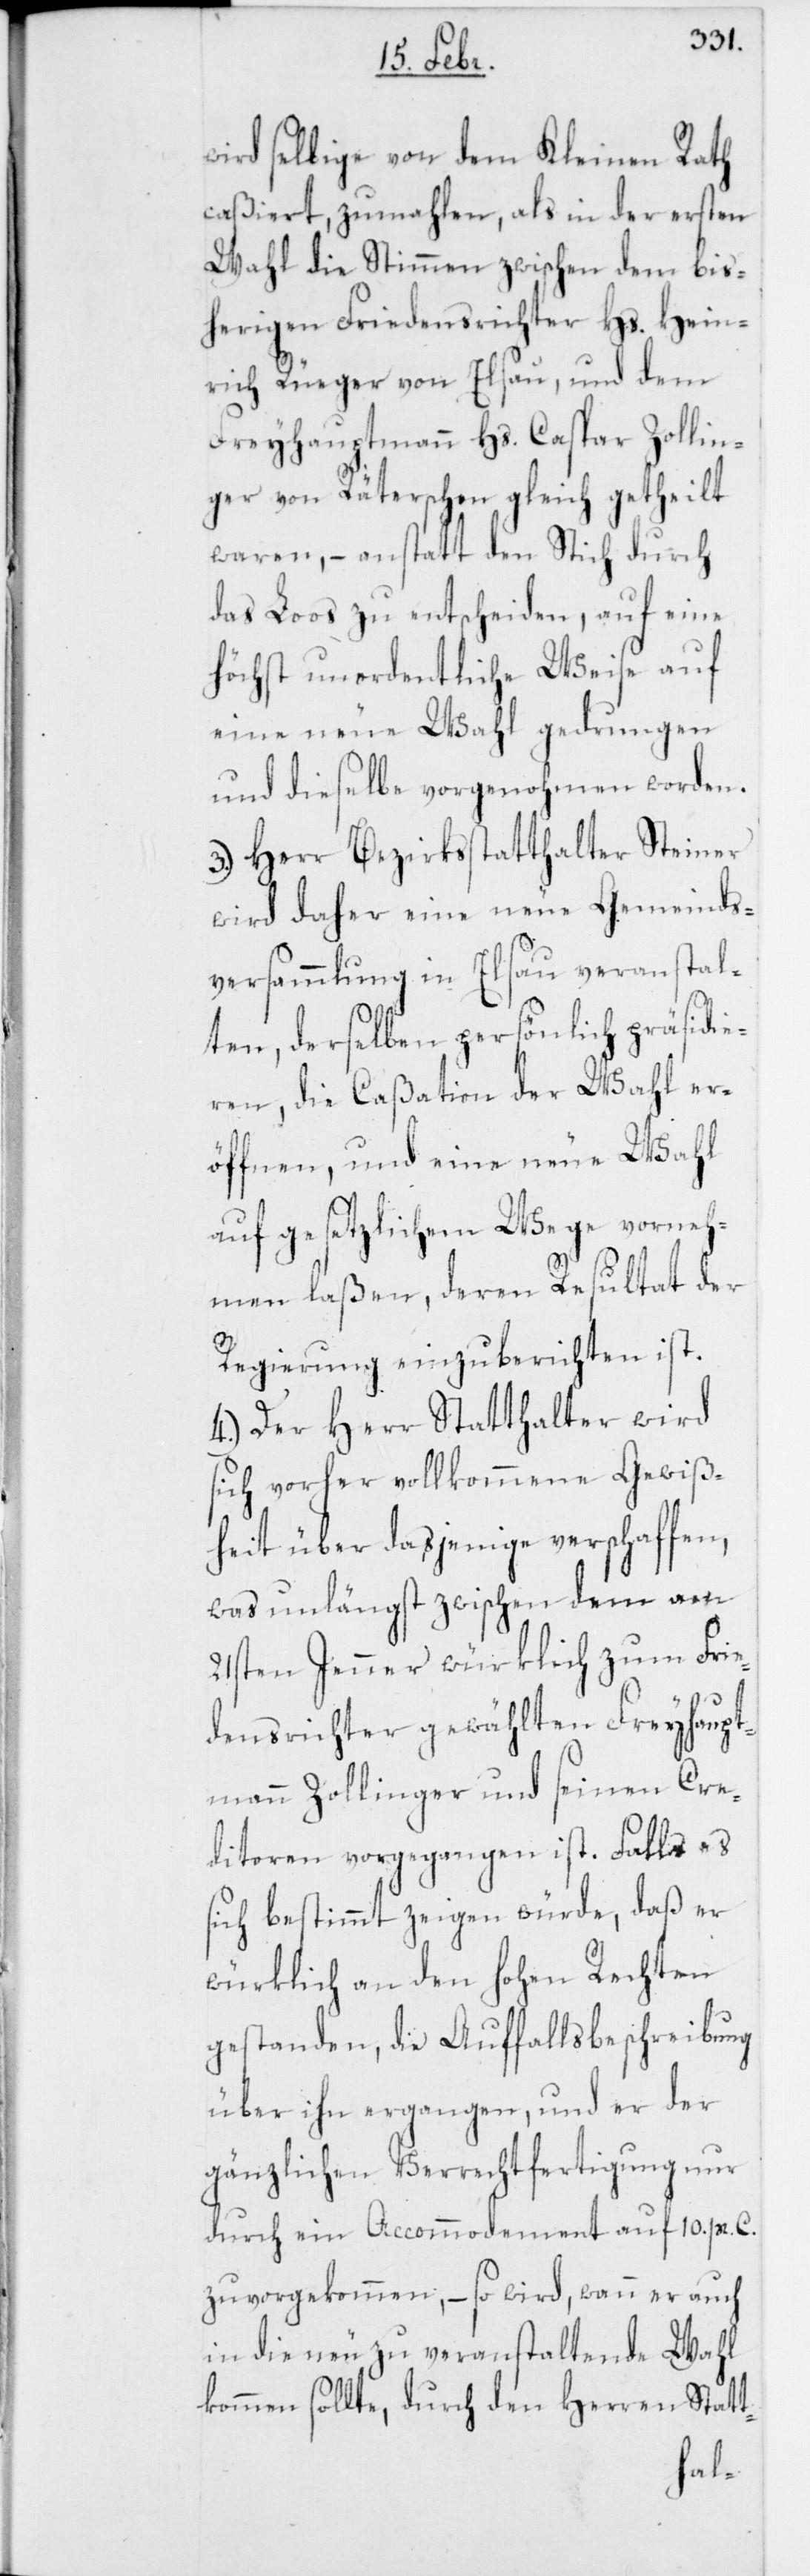
wird selbige von dem Kleinen Rath
caßiert, zumahlen, als in der ersten
Wahl die Stimmen zwischen dem bis¬
herigen Friedensrichter Hs. Hein¬
rich Rüeger von Elsau, und dem
Freyhauptmann Hs. Caspar Zollin¬
ger von Räterschen gleich getheilt
waren, – anstatt den Stich durch
das Loos zu entscheiden, auf eine
höchst unordentliche Weise auf
eine neue Wahl gedrungen
und dieselbe vorgenohmen worden.
3. Herr Bezirksstatthalter Steiner
wird daher eine neue Gemeinds¬
versammlung in Elsau veranstal¬
ten, derselben persönlich präsidie¬
ren, die Caßation der Wahl er¬
öffnen, und eine neue Wahl
auf gesetzlichem Wege vorneh¬
men laßen, deren Resultat der
Regierung einzuberichten ist.
4. Der Herr Statthalter wird
sich vorher vollkommene Gewiß¬
heit über dasjenige verschaffen,
was unlängst zwischen dem am
21sten Jenner würklich zum Frie¬
densrichter gewählten Freyhaupt¬
mann Zollinger und seinen Cre¬
ditoren vorgegangen ist. Falls es
sich bestimmt zeigen würde, daß er
würklich an den hohen Rechten
gestanden, die Auffallsbeschreibung
über ihn ergangen, und er der
gänzlichen Verrechtfertigung nur
durch ein Accommodement auf 10. pr. C.
zuvorgekommen, – so wird, wann er auch
in die neu zu veranstaltende Wahl
kommen sollte, durch den Herren Statt-